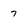
Character: 7